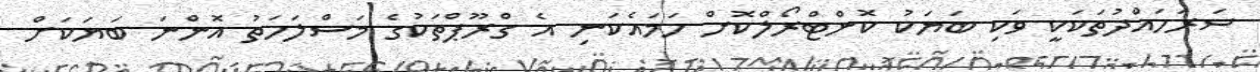
ސަރަހައްދުތަކަކީ ވަކި ބަޔަކު ކޮންޓްރޯލްކޮށް ހަމައެކަނި އެ ގްރޫޕްތަކުގެ މަސްލަހަތު އޮންނަ ބަޔަކަށް